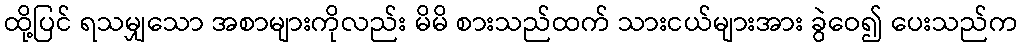
ထို့ပြင် ရသမျှသော အစာများကိုလည်း မိမိ စားသည်ထက် သားငယ်များအား ခွဲဝေ၍ ပေးသည်က